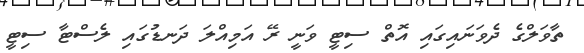
ތާވަލްގެ ދެވަނައިގައި އޮތް ސިޓީ ވަނީ ރޭ އަމިއްލަ ދަނޑުގައި ލެސްޓާ ސިޓީ